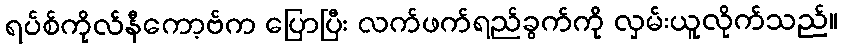
ရပ်စ်ကိုလ်နီကော့ဗ်က ပြောပြီး လက်ဖက်ရည်ခွက်ကို လှမ်းယူလိုက်သည်။